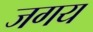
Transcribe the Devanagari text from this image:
जगय